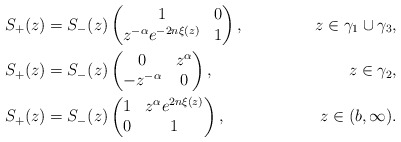
\begin{align*}&S_+(z) = S_-(z)\begin{pmatrix}1&0\\z^{-\alpha} e^{-2n\xi(z)}&1\end{pmatrix} , &z\in \gamma_1 \cup \gamma_3,\\&S_+(z) = S_-(z)\begin{pmatrix}0&z^{\alpha}\\-z^{-\alpha}&0\end{pmatrix} , &z\in \gamma_2,\\&S_+(z) = S_-(z)\begin{pmatrix}1&z^\alpha e^{2n \xi(z)}\\0&1\end{pmatrix} , &z\in (b,\infty).\end{align*}